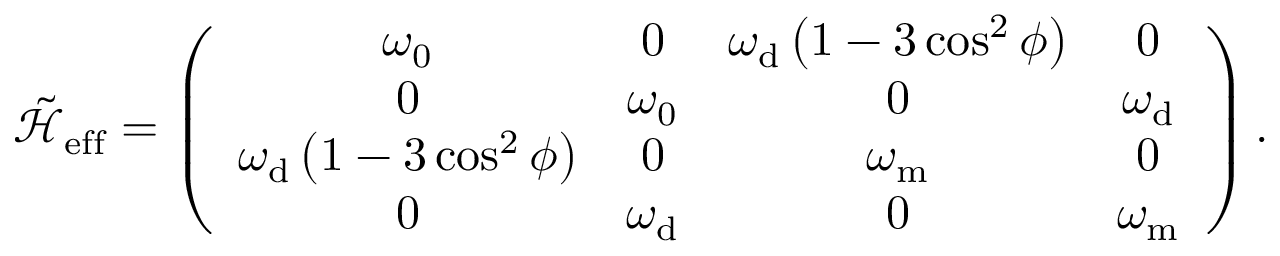
\mathcal { \tilde { H } } _ { \mathrm { { e f f } } } = \left( \begin{array} { c c c c } { \omega _ { \mathrm { { 0 } } } } & { 0 } & { \omega _ { \mathrm { { d } } } \left( 1 - 3 \cos ^ { 2 } \phi \right) } & { 0 } \\ { 0 } & { \omega _ { \mathrm { { 0 } } } } & { 0 } & { \omega _ { \mathrm { { d } } } } \\ { \omega _ { \mathrm { { d } } } \left( 1 - 3 \cos ^ { 2 } \phi \right) } & { 0 } & { \omega _ { \mathrm { { m } } } } & { 0 } \\ { 0 } & { \omega _ { \mathrm { { d } } } } & { 0 } & { \omega _ { \mathrm { { m } } } } \end{array} \right) .